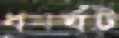
ধমর্ঘট